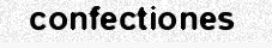
confectiones